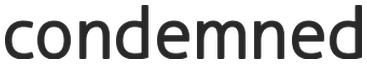
condemned